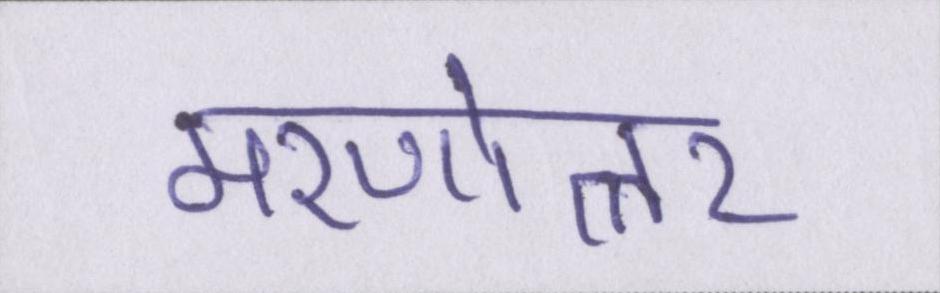
मरणोत्तर